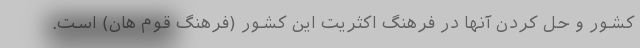
کشور و حل کردن آنها در فرهنگ اکثریت این کشور (فرهنگ قوم هان) است.